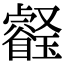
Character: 𤫀